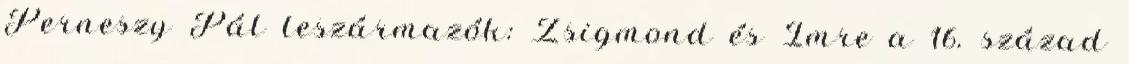
Perneszy Pál leszármazók: Zsigmond és Imre a 16. század